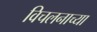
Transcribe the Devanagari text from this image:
विचलनाच्या